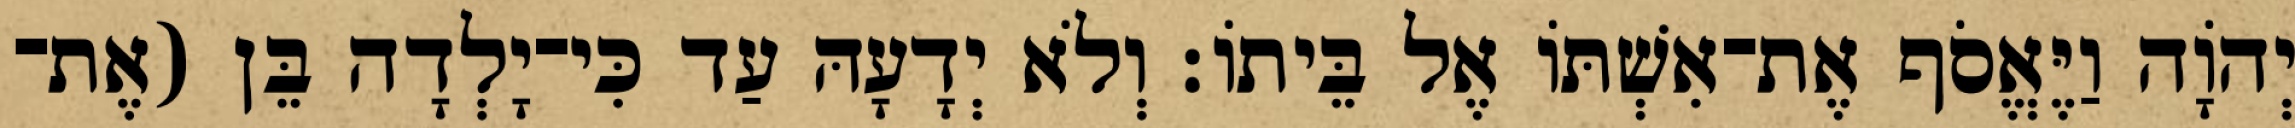
יְהוָֹה וַיֶּאֱסֹף אֶת־אִשְׁתּוֹ אֶל בֵּיתוֹ׃ וְלֹא יְדָעָהּ עַד כִּי־יָלְדָה בֵּן (אֶת־